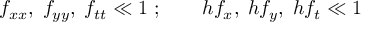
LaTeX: f _ { x x } , \; f _ { y y } , \; f _ { t t } \ll 1 \; ; \qquad h f _ { x } , \; h f _ { y } , \; h f _ { t } \ll 1